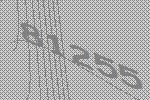
81255